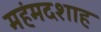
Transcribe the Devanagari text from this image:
महंमदशाह